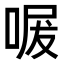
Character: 𭈩